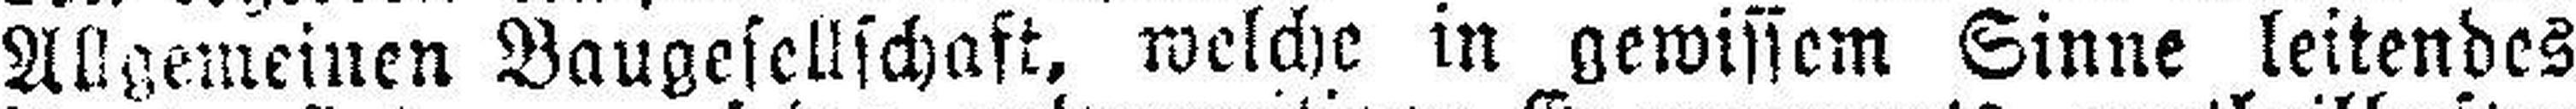
Allgemeinen Baugesellschaft, welche in gewissem Sinne leitendes